Newspaper: Bozeman avant courier. [volume]
Place of publication: Bozeman, Mont.
Publisher: J. Wright
Date: 1875-11-05 00:00:00
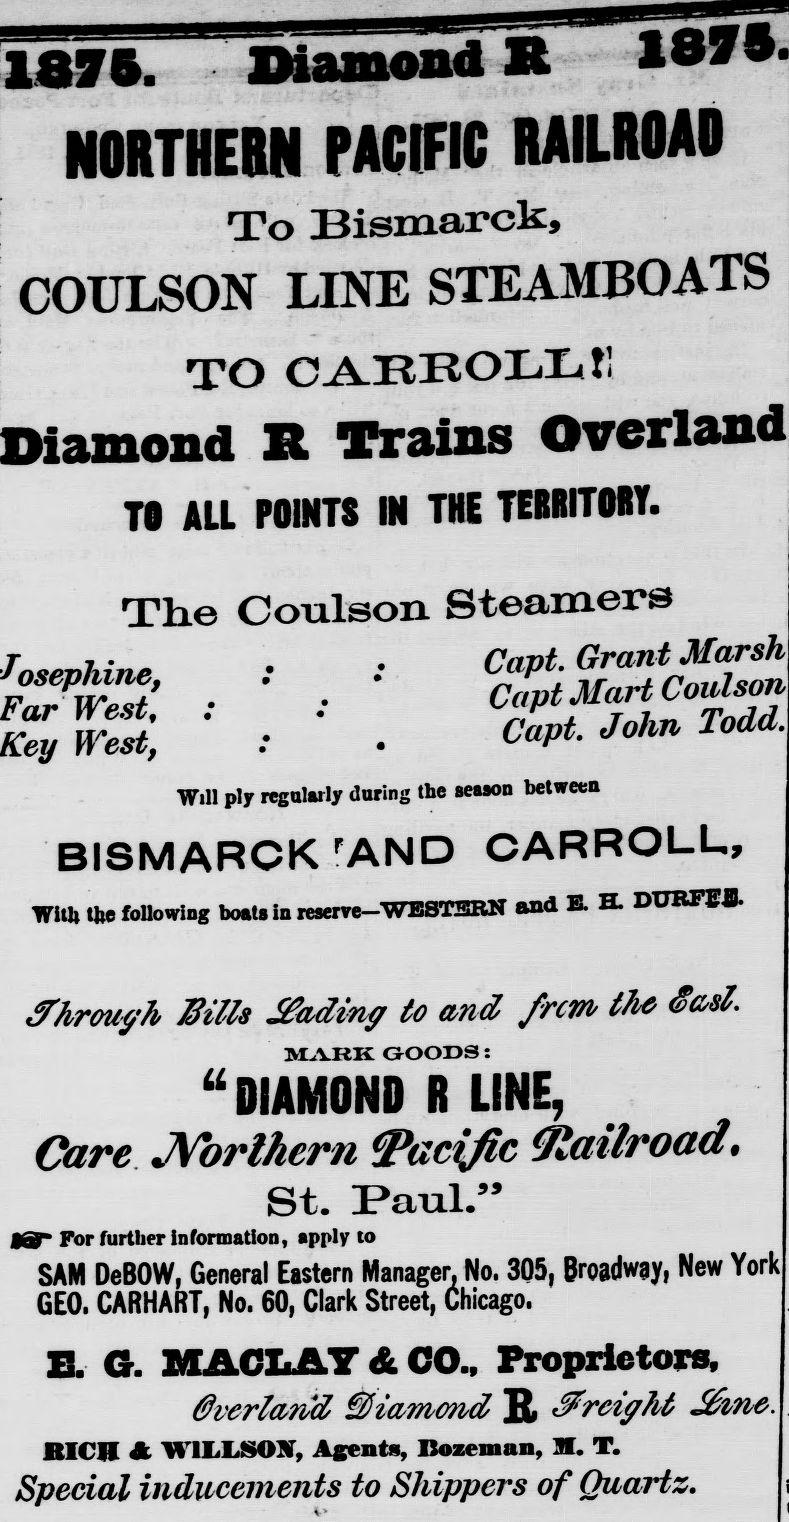
Advertisement text (OCR):
1879. 1878. Diamond S NORTHEBN PACIFIC RAILROAD To Bismarck, COULSON LINE STEAMBOATS TO CARROLL !! R Trains Overland Ti ALL POINTS IN THE TEBRITORT The Coulson Steamers : • Copt. VarWest, : .• Key West, : . Capt Jo T d Will ply regularly during the season between BISMARCK 'AND CARROLL, With the following boats In reserve—WESTERN and. E. H. DURFEfl. c Through Bills JFading to and frem the Sasl. MARK GOODS : "DIAMOND R LINE, Care Northern ^Pacific Olailroad, St. Paul . 55 MSF For further information, apply to SAM DeBOW, General Eastern Manager. No. 305, Broadway, New York GEO. CARHART, No. 60, Clark Street, Chicago. E. G. MACLAY & CO., Proprietors, Overland diamond ß freight Jifme. BICH dt WII.LSON, Agents, Bozeman, 1. T. Special inducements to Shippers of Quartz,
Label: text-only